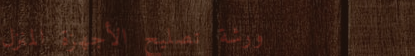
ورشة تصليح الأجهزة المنزل